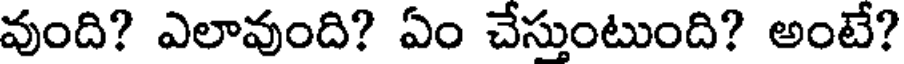
వుంది? ఎలావుంది? ఏం చేస్తుంటుంది? అంటే?